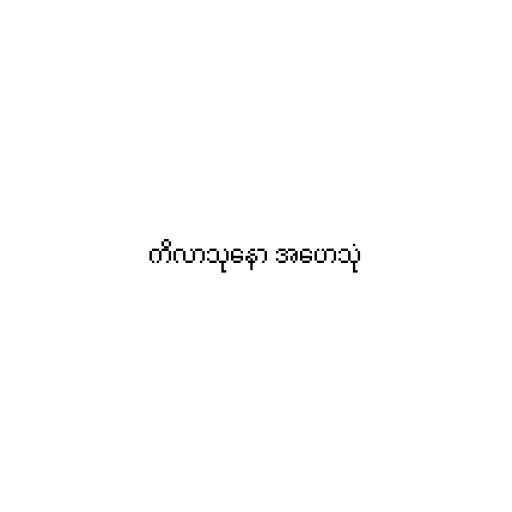
ကိလာသုနော အဟေသုံ